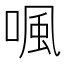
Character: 𠷕